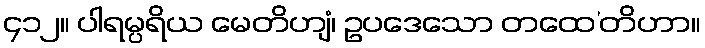
၄၁၂။ ပါရမ္ပရိယ မေတိဟျံ၊ ဥပဒေသော တထေ’တိဟာ။